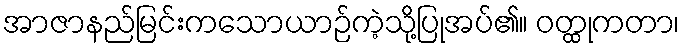
အာဇာနည်မြင်းကသောယာဉ်ကဲ့သို့ပြုအပ်၏။ ဝတ္ထုကတာ၊